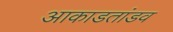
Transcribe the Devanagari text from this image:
आकाडतांडव